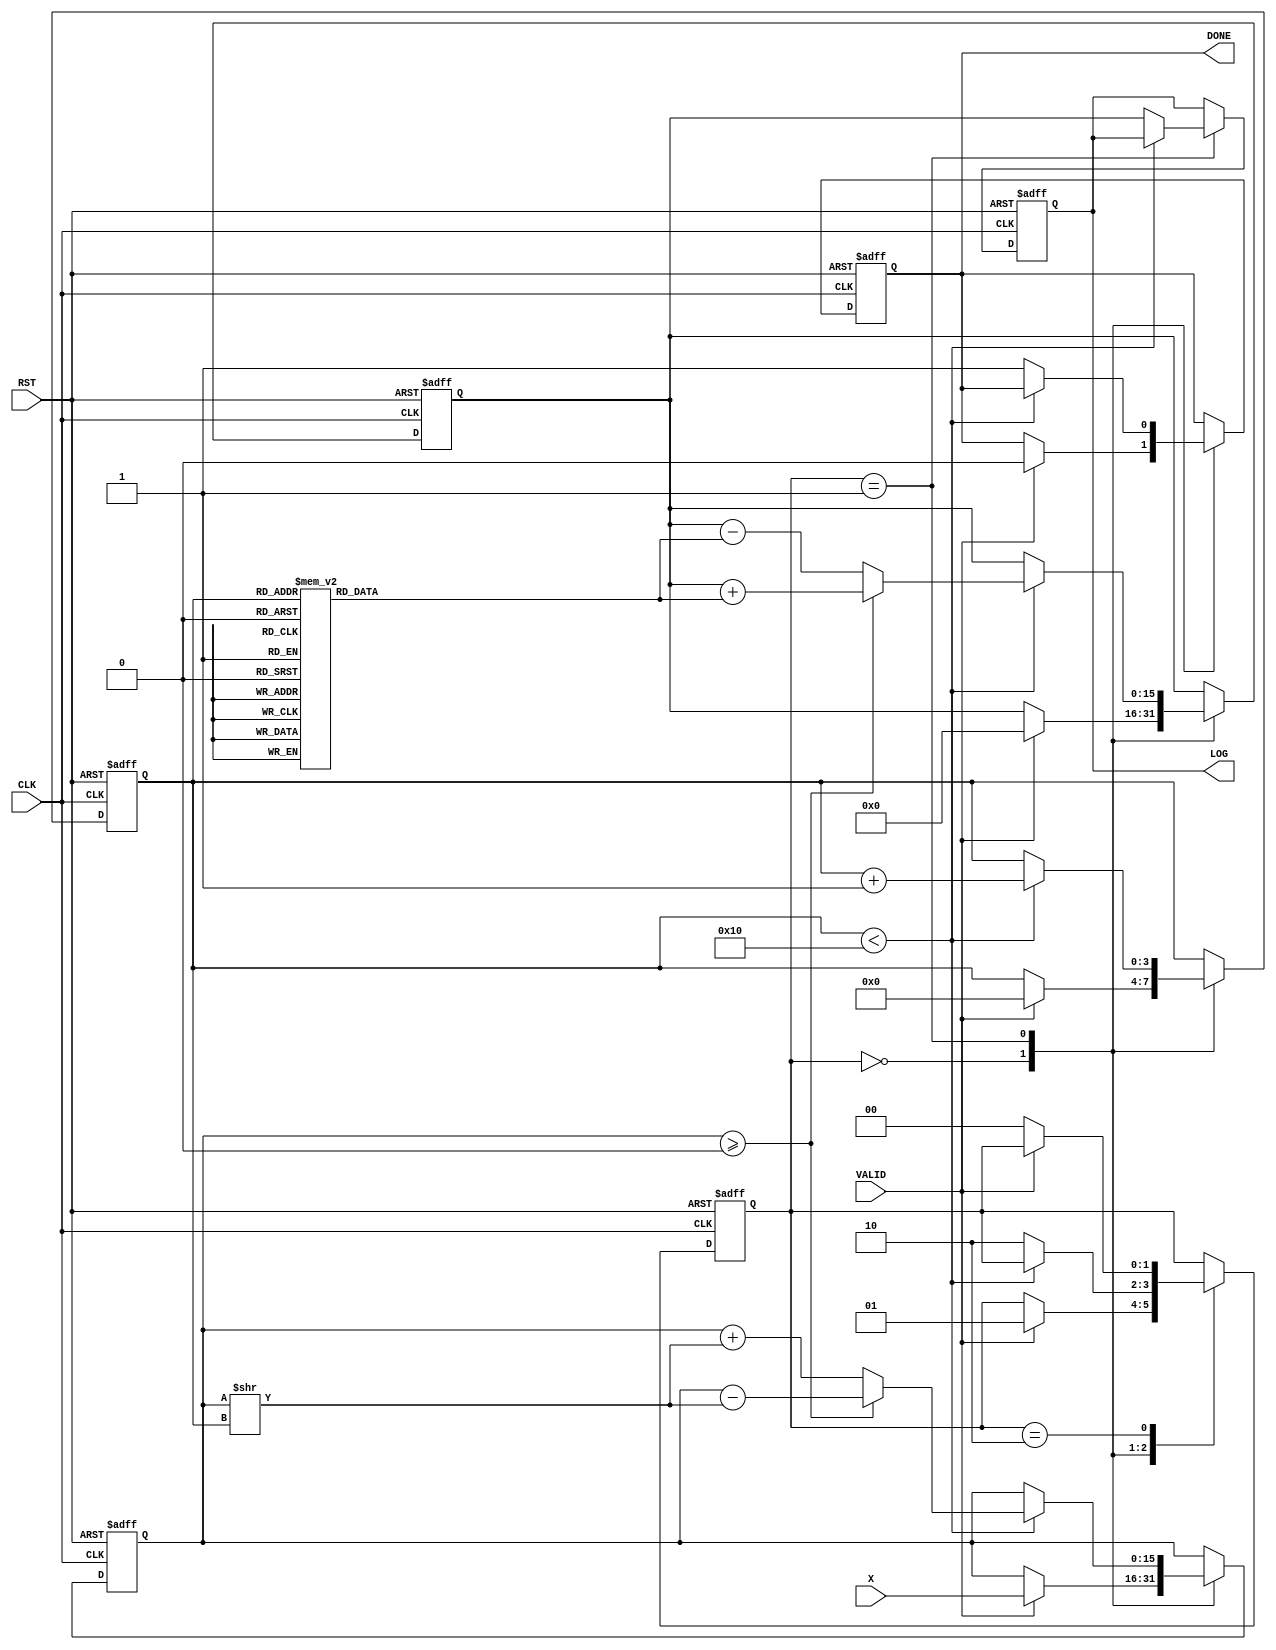
module cordic_logarithm (
    input wire [15:0] X,      // Input value for logarithm
    input wire CLK,           // Clock signal
    input wire RST,           // Reset signal
    input wire VALID,         // Valid signal for input data
    output reg [15:0] LOG,    // Calculated logarithmic value
    output reg DONE           // Completion signal
);

    // Parameters
    parameter NUM_ITERATIONS = 16; // Number of iterations for CORDIC
    parameter FIXED_POINT_SCALE = 16'h10000; // Scaling factor for fixed-point representation

    // Internal registers
    reg [15:0] X_reg;          // Register to hold input value X
    reg [15:0] Z_reg;          // Register to hold angle or phase information
    reg [3:0] iteration_count; // Iteration counter
    reg [1:0] state;           // State machine for CORDIC operation

    // CORDIC angle lookup table (arctangent values)
    reg [15:0] atan_table [0:NUM_ITERATIONS-1];
    
    initial begin
        // Initialize arctangent values (in fixed-point representation)
        atan_table[0] = 16'h2000; // atan(2^0) = pi/4
        atan_table[1] = 16'h1000; // atan(2^-1)
        atan_table[2] = 16'h0800; // atan(2^-2)
        atan_table[3] = 16'h0400; // atan(2^-3)
        // ... Initialize other values as needed
        // Fill in the rest of the atan_table for NUM_ITERATIONS
    end

    // State machine for CORDIC operation
    localparam IDLE = 2'b00;
    localparam ITERATE = 2'b01;
    localparam DONE_STATE = 2'b10;

    // Sequential logic for state transitions and calculations
    always @(posedge CLK or posedge RST) begin
        if (RST) begin
            // Reset all registers and state
            X_reg <= 16'b0;
            Z_reg <= 16'b0;
            iteration_count <= 4'b0;
            LOG <= 16'b0;
            DONE <= 1'b0;
            state <= IDLE;
        end else begin
            case (state)
                IDLE: begin
                    if (VALID) begin
                        // Load input value and initialize
                        X_reg <= X;
                        Z_reg <= 16'b0; // Initial phase
                        iteration_count <= 4'b0;
                        DONE <= 1'b0;
                        state <= ITERATE;
                    end
                end
                ITERATE: begin
                    if (iteration_count < NUM_ITERATIONS) begin
                        // CORDIC iteration logic for logarithm
                        if (X_reg >= FIXED_POINT_SCALE) begin
                            // Perform rotation
                            X_reg <= X_reg - (X_reg >> iteration_count);
                            Z_reg <= Z_reg + atan_table[iteration_count];
                        end else begin
                            // Perform rotation in the opposite direction
                            X_reg <= X_reg + (X_reg >> iteration_count);
                            Z_reg <= Z_reg - atan_table[iteration_count];
                        end
                        iteration_count <= iteration_count + 1;
                    end else begin
                        // Final calculation
                        LOG <= Z_reg; // Store the final logarithmic value
                        DONE <= 1'b1; // Indicate completion
                        state <= DONE_STATE;
                    end
                end
                DONE_STATE: begin
                    // Wait for reset or new valid input
                    if (!VALID) begin
                        state <= IDLE; // Go back to IDLE if no valid input
                    end
                end
            endcase
        end
    end

endmodule